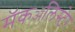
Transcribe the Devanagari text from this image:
मॅकॲलिस्टेर